Indian journal of veterinary science and animal husbandry - Volume 6,
Year: 1936
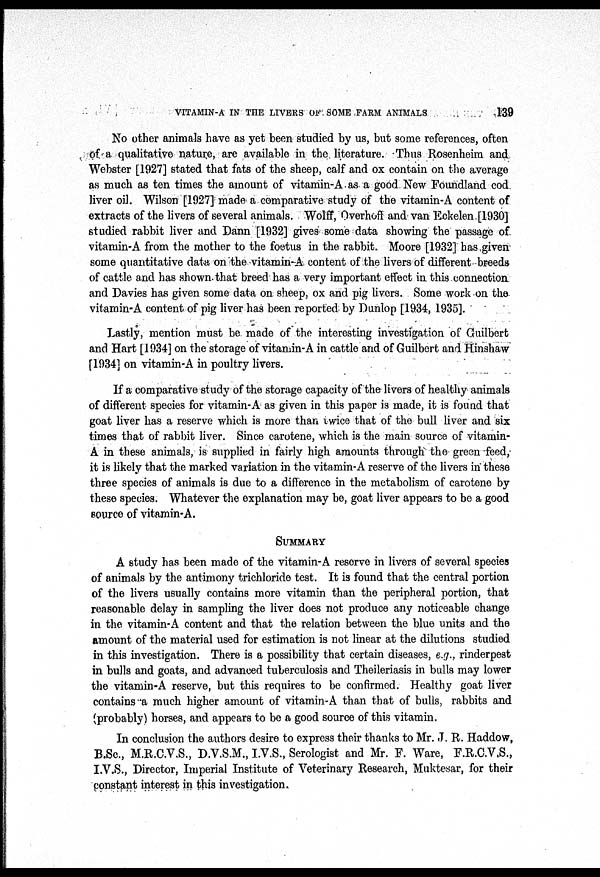
VITAMIN-A IN THE LIVERS OF SOME FARM ANIMALS
139
No other animals have as yet been studied by us, but some references, often
of a qualitative nature, are available in the literature. Thus Rosenheim and
Webster [1927] stated that fats of the sheep, calf and ox contain on the average
as much as ten times the amount of vitamin-A as a good New Foundland cod
liver oil. Wilson [1927] made a comparative study of the vitamin-A content of
extracts of the livers of several animals. Wolff, Overhoff and van Eckelen [1930]
studied rabbit liver and Dann [1932] gives some data showing the passage of
vitamin-A from the mother to the foetus in the rabbit. Moore [1932] has given
some quantitative data on the vitamin-A content of the livers of different breeds
of cattle and has shown that breed has a very important effect in this connection
and Davies has given some data on sheep, ox and pig livers. Some work on the
vitamin-A content of pig liver has been reported by Dunlop [1934, 1935].
Lastly, mention must be made of the interesting investigation of Guilbert
and Hart [1934] on the storage of vitamin-A in cattle and of Guilbert and Hinshaw
[1934] on vitamin-A in poultry livers.
If a comparative study of the storage capacity of the livers of healthy animals
of different species for vitamin-A as given in this paper is made, it is found that
goat liver has a reserve which is more than twice that of the bull liver and six
times that of rabbit liver. Since carotene, which is the main source of vitamin¬
A in these animals, is supplied in fairly high amounts through the green feed,
it is likely that the marked variation in the vitamin-A reserve of the livers in these
three species of animals is due to a difference in the metabolism of carotene by
these species. Whatever the explanation may be, goat liver appears to be a good
source of vitamin-A.
SUMMARY
A study has been made of the vitamin-A reserve in livers of several species
of animals by the antimony trichloride test. It is found that the central portion
of the livers usually contains more vitamin than the peripheral portion, that
reasonable delay in sampling the liver does not produce any noticeable change
in the vitamin-A content and that the relation between the blue units and the
amount of the material used for estimation is not linear at the dilutions studied
in this investigation. There is a possibility that certain diseases, e.g., rinderpest
in bulls and goats, and advanced tuberculosis and Theileriasis in bulls may lower
the vitamin-A reserve, but this requires to be confirmed. Healthy goat liver
contains a much higher amount of vitamin-A than that of bulls, rabbits and
(probably) horses, and appears to be a good source of this vitamin.
In conclusion the authors desire to express their thanks to Mr. J. R. Haddow,
B.Sc, M.R.C.V.S., D.V.S.M., I.V.S., Serologist and Mr. F. Ware, F.R.C.V.S.,
I.V.S., Director, Imperial Institute of Veterinary Research, Muktesar, for their
constant interest in this investigation.